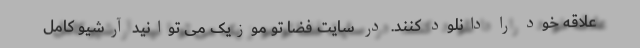
علاقه خود را دانلود کنند. در سایت فضا تو موزیک می توانید آرشیو کامل